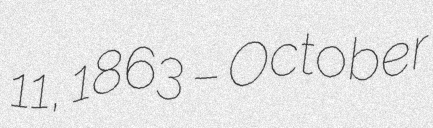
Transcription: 11, 1863 – October